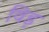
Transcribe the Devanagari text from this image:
विड़